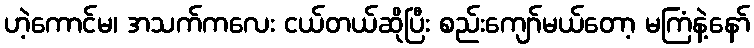
ဟဲ့ကောင်မ၊ အသက်ကလေး ငယ်တယ်ဆိုပြီး စည်းကျော်မယ်တော့ မကြံနဲ့နော်